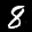
Label: 8